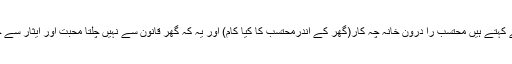
اسی لیے کہتے ہیں محتسب را درون خانہ چہ کار(گھر کے اندرمحتسب کا کیا کام) اور یہ کہ گھر قانون سے نہیں چلتا محبت اور ایثار سے چلتا ہے۔